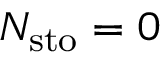
N _ { \mathrm { s t o } } = 0